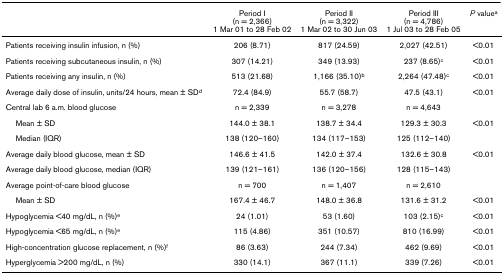
<table><thead><tr><td></td><td><b>Period I(n = 2,366)1 Mar 01 to 28 Feb 02</b></td><td><b>Period II(n = 3,322)1 Mar 02 to 30 Jun 03</b></td><td><b>Period III(n = 4,786)1 Jul 03 to 28 Feb 05</b></td><td><b><i>P </i>value<sup>a</sup></b></td></tr></thead><tbody><tr><td>Patients receiving insulin infusion, n (%)</td><td>206 (8.71)</td><td>817 (24.59)</td><td>2,027 (42.51)</td><td>&lt;0.01</td></tr><tr><td>Patients receiving subcutaneous insulin, n (%)</td><td>307 (14.21)</td><td>349 (13.93)</td><td>237 (8.65)<sup>c</sup></td><td>&lt;0.01</td></tr><tr><td>Patients receiving any insulin, n (%)</td><td>513 (21.68)</td><td>1,166 (35.10)<sup>b</sup></td><td>2,264 (47.48)<sup>c</sup></td><td>&lt;0.01</td></tr><tr><td>Average daily dose of insulin, units/24 hours, mean ± SD<sup>d</sup></td><td>72.4 (84.9)</td><td>55.7 (58.7)</td><td>47.5 (43.1)</td><td>&lt;0.01</td></tr><tr><td>Central lab 6 a.m. blood glucose</td><td>n = 2,339</td><td>n = 3,278</td><td>n = 4,643</td><td></td></tr><tr><td> Mean ± SD</td><td>144.0 ± 38.1</td><td>138.7 ± 34.4</td><td>129.3 ± 30.3</td><td>&lt;0.01</td></tr><tr><td> Median (IQR)</td><td>138 (120–160)</td><td>134 (117–153)</td><td>125 (112–140)</td><td></td></tr><tr><td>Average daily blood glucose, mean ± SD</td><td>146.6 ± 41.5</td><td>142.0 ± 37.4</td><td>132.6 ± 30.8</td><td>&lt;0.01</td></tr><tr><td>Average daily blood glucose, median (IQR)</td><td>139 (121–161)</td><td>136 (120–156)</td><td>128 (115–143)</td><td></td></tr><tr><td>Average point-of-care blood glucose</td><td>n = 700</td><td>n = 1,407</td><td>n = 2,610</td><td></td></tr><tr><td> Mean ± SD</td><td>167.4 ± 46.7</td><td>148.0 ± 36.8</td><td>131.6 ± 31.2</td><td>&lt;0.01</td></tr><tr><td>Hypoglycemia &lt;40 mg/dL, n (%)<sup>e</sup></td><td>24 (1.01)</td><td>53 (1.60)</td><td>103 (2.15)<sup>c</sup></td><td>&lt;0.01</td></tr><tr><td>Hypoglycemia &lt;65 mg/dL, n (%)<sup>e</sup></td><td>115 (4.86)</td><td>351 (10.57)</td><td>810 (16.99)</td><td>&lt;0.01</td></tr><tr><td>High-concentration glucose replacement, n (%)<sup>f</sup></td><td>86 (3.63)</td><td>244 (7.34)</td><td>462 (9.69)</td><td>&lt;0.01</td></tr><tr><td>Hyperglycemia &gt;200 mg/dL, n (%)</td><td>330 (14.1)</td><td>367 (11.1)</td><td>339 (7.26)</td><td>&lt;0.01</td></tr></tbody></table>